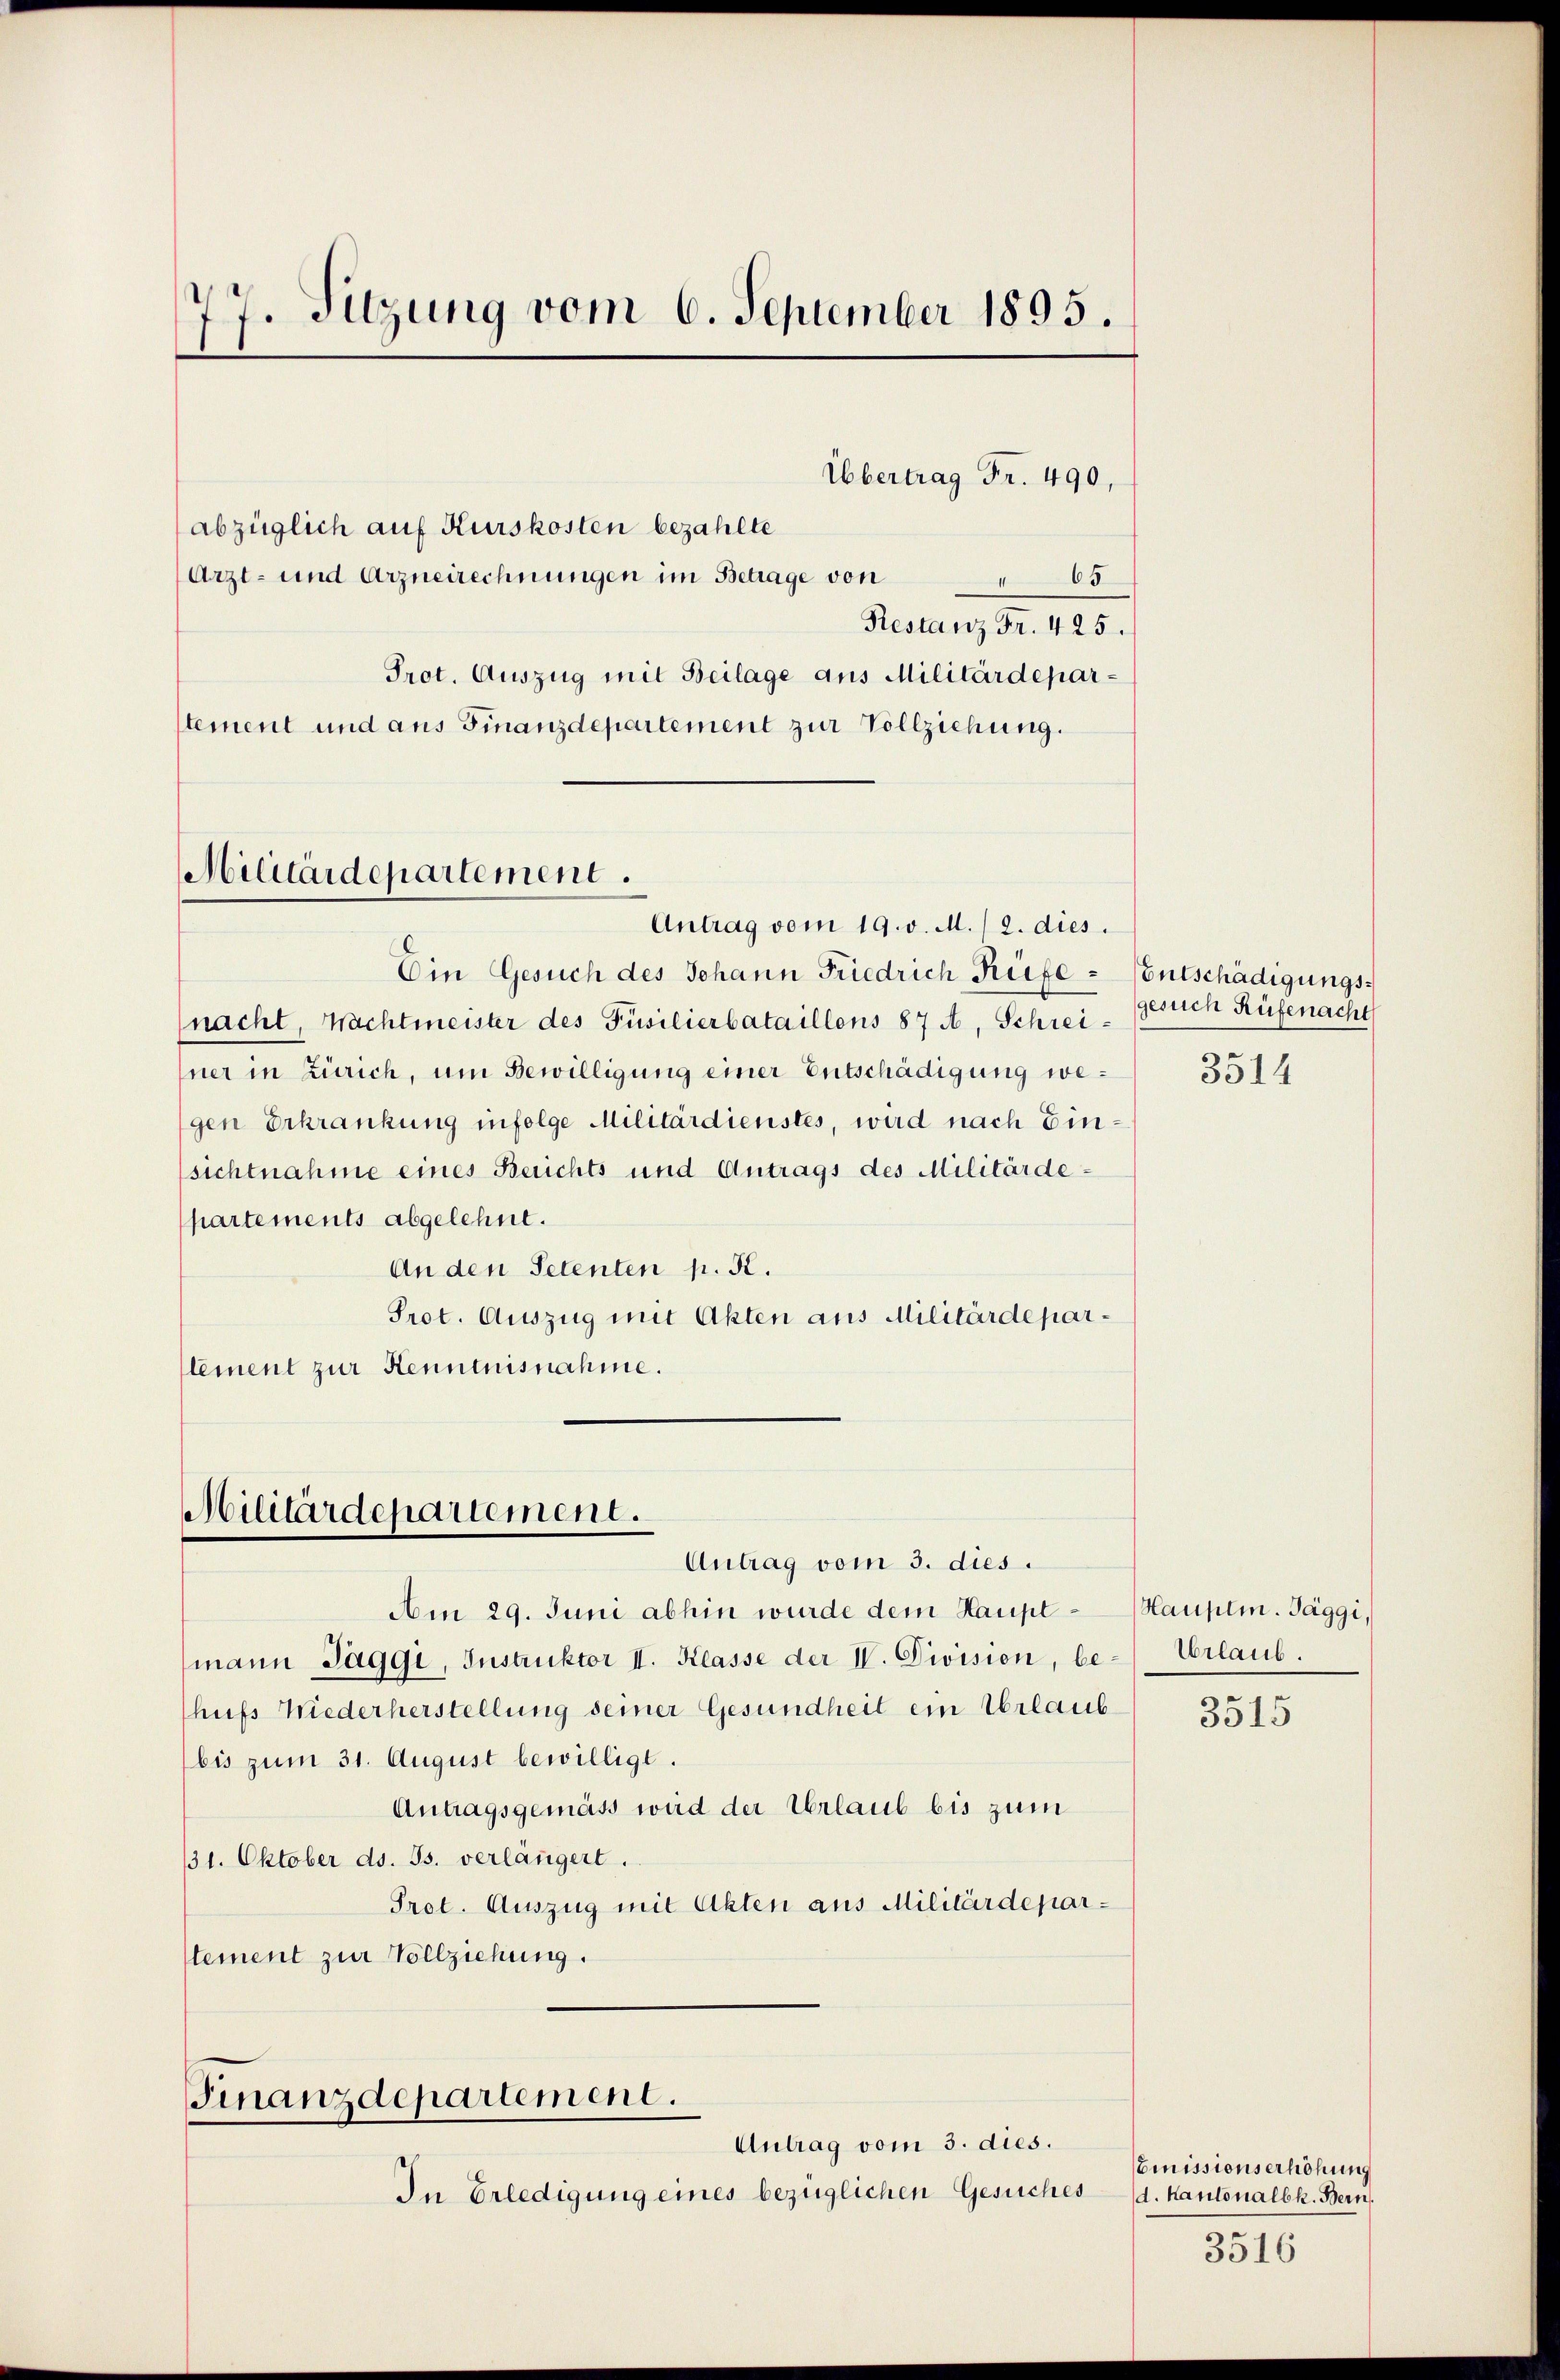
77. Sitzung vom 6. September 1895.
¬

abzüglich auf Kurskosten bezahlte
Arzt- und Arzneirechnungen im Betrage von
65
Restanz Fr. 425.
Prot. Auszug mit Beilage aus Militärdeparstement und aus Finanzdepartement zur Vollziehung.
Antrag vom 19. v. M. / 2. dies
Ein Gesuch des Johann Friedrich Rüfenacht, Wachtmeister des Füsilierbataillens 87 A. Schreiner in Zürich, um Bewilligung einer Entschädigung wegen Erkrankung infolge Militärdienstes, wird nach Einsichtnahme eines Berichts und Antrags des Militärde-
partements abgelehnt.
An den Petenten p. K.
Prot. Auszug mit Akten aus Militärdeparlement zur Kenntnisnahme.

Militärdepartement.

Militärdepartement.

Antrag vom 3. dies
Am 29. Juni abhin wurde dem Hauptmann Jaggi, Instruktor II. Klasse der IV. Division, behufs Niederherstellung seiner Gesundheit ein Urlaub
bis zum 31. August bewilligt.
Antragsgemäss wird der Urlaub bis zum
31. Oktober d. Js. verlängert.
Prot. Auszug mit Akten aus Militärdeparstement zur Vollziehung.

Finanzdepartement.

Übertrag Fr. 490,

Antrag vom 3. dies.
In Erledigung eines bezüglichen Gesuches

Entschädigungsgesuch Rüfenacht

3514

Hauptm. Jäggi,
Urlaub.

3515

Emissionserhöhung
d. Kantonalbk. Bern
3516